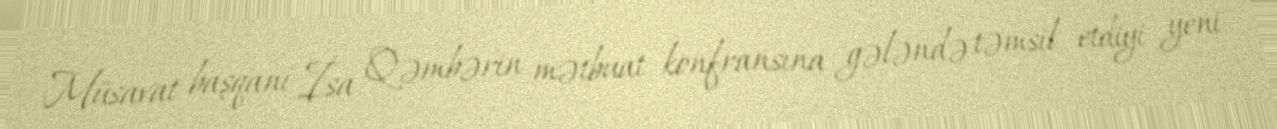
Müsavat başqanı İsa Qəmbərin mətbuat konfransına gələndə təmsil etdiyi yeni